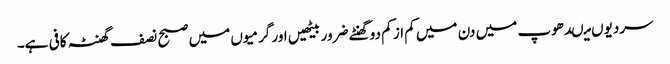
سردیوں میںدھوپ میں دن میں کم از کم دو گھنٹے ضرور بیٹھیں اور گرمیوں میں صبح نصف گھنٹہ کافی ہے۔